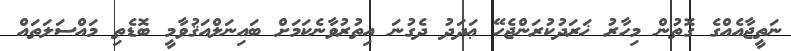
ނަތީޖާއެއްގެ ގޮތުން މިހާރު ޚަރަދުކުރަންޖެހޭ ޢަދަދު ދެގުނަ އިތުރުވާނެކަމަށް ބައިނަލްއަޤުވާމީ ބޮޑެތި މައްސަލަތައް